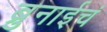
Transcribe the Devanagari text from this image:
ब्रुनाईचं